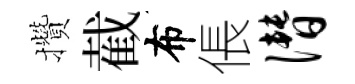
攢截布倀僭